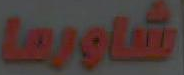
شاورها